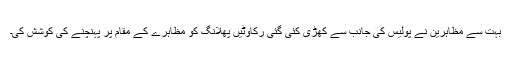
بہت سے مظاہرین نے پولیس کی جانب سے کھڑی کئی گئی رکاوٹیں پھلانگ کو مظاہرے کے مقام پر پہنچنے کی کوشش کی۔